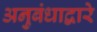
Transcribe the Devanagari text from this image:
अनुबंधाद्वारे